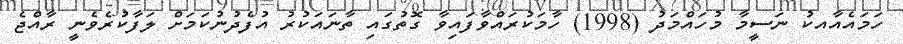
ހަމައެއާއކު ނަސީމާ މުހައްމަދު (1998) ހާމަކުރައްވާފައިވާ ގޮތުގައި ތާނައަކުރު އުފެދުނުކަމަށް ލަފާކުރެވެނީ ރާއްޖެ